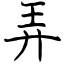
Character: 弄